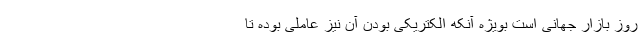
روز بازار جهانی است بویژه آنکه الکتریکی بودن آن نیز عاملی بوده تا